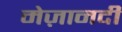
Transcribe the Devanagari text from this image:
मेज़ानदी